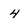
Character: 4